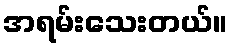
အရမ်းသေးတယ်။